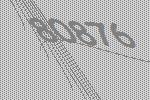
80876